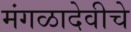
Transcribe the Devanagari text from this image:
मंगळादेवीचे